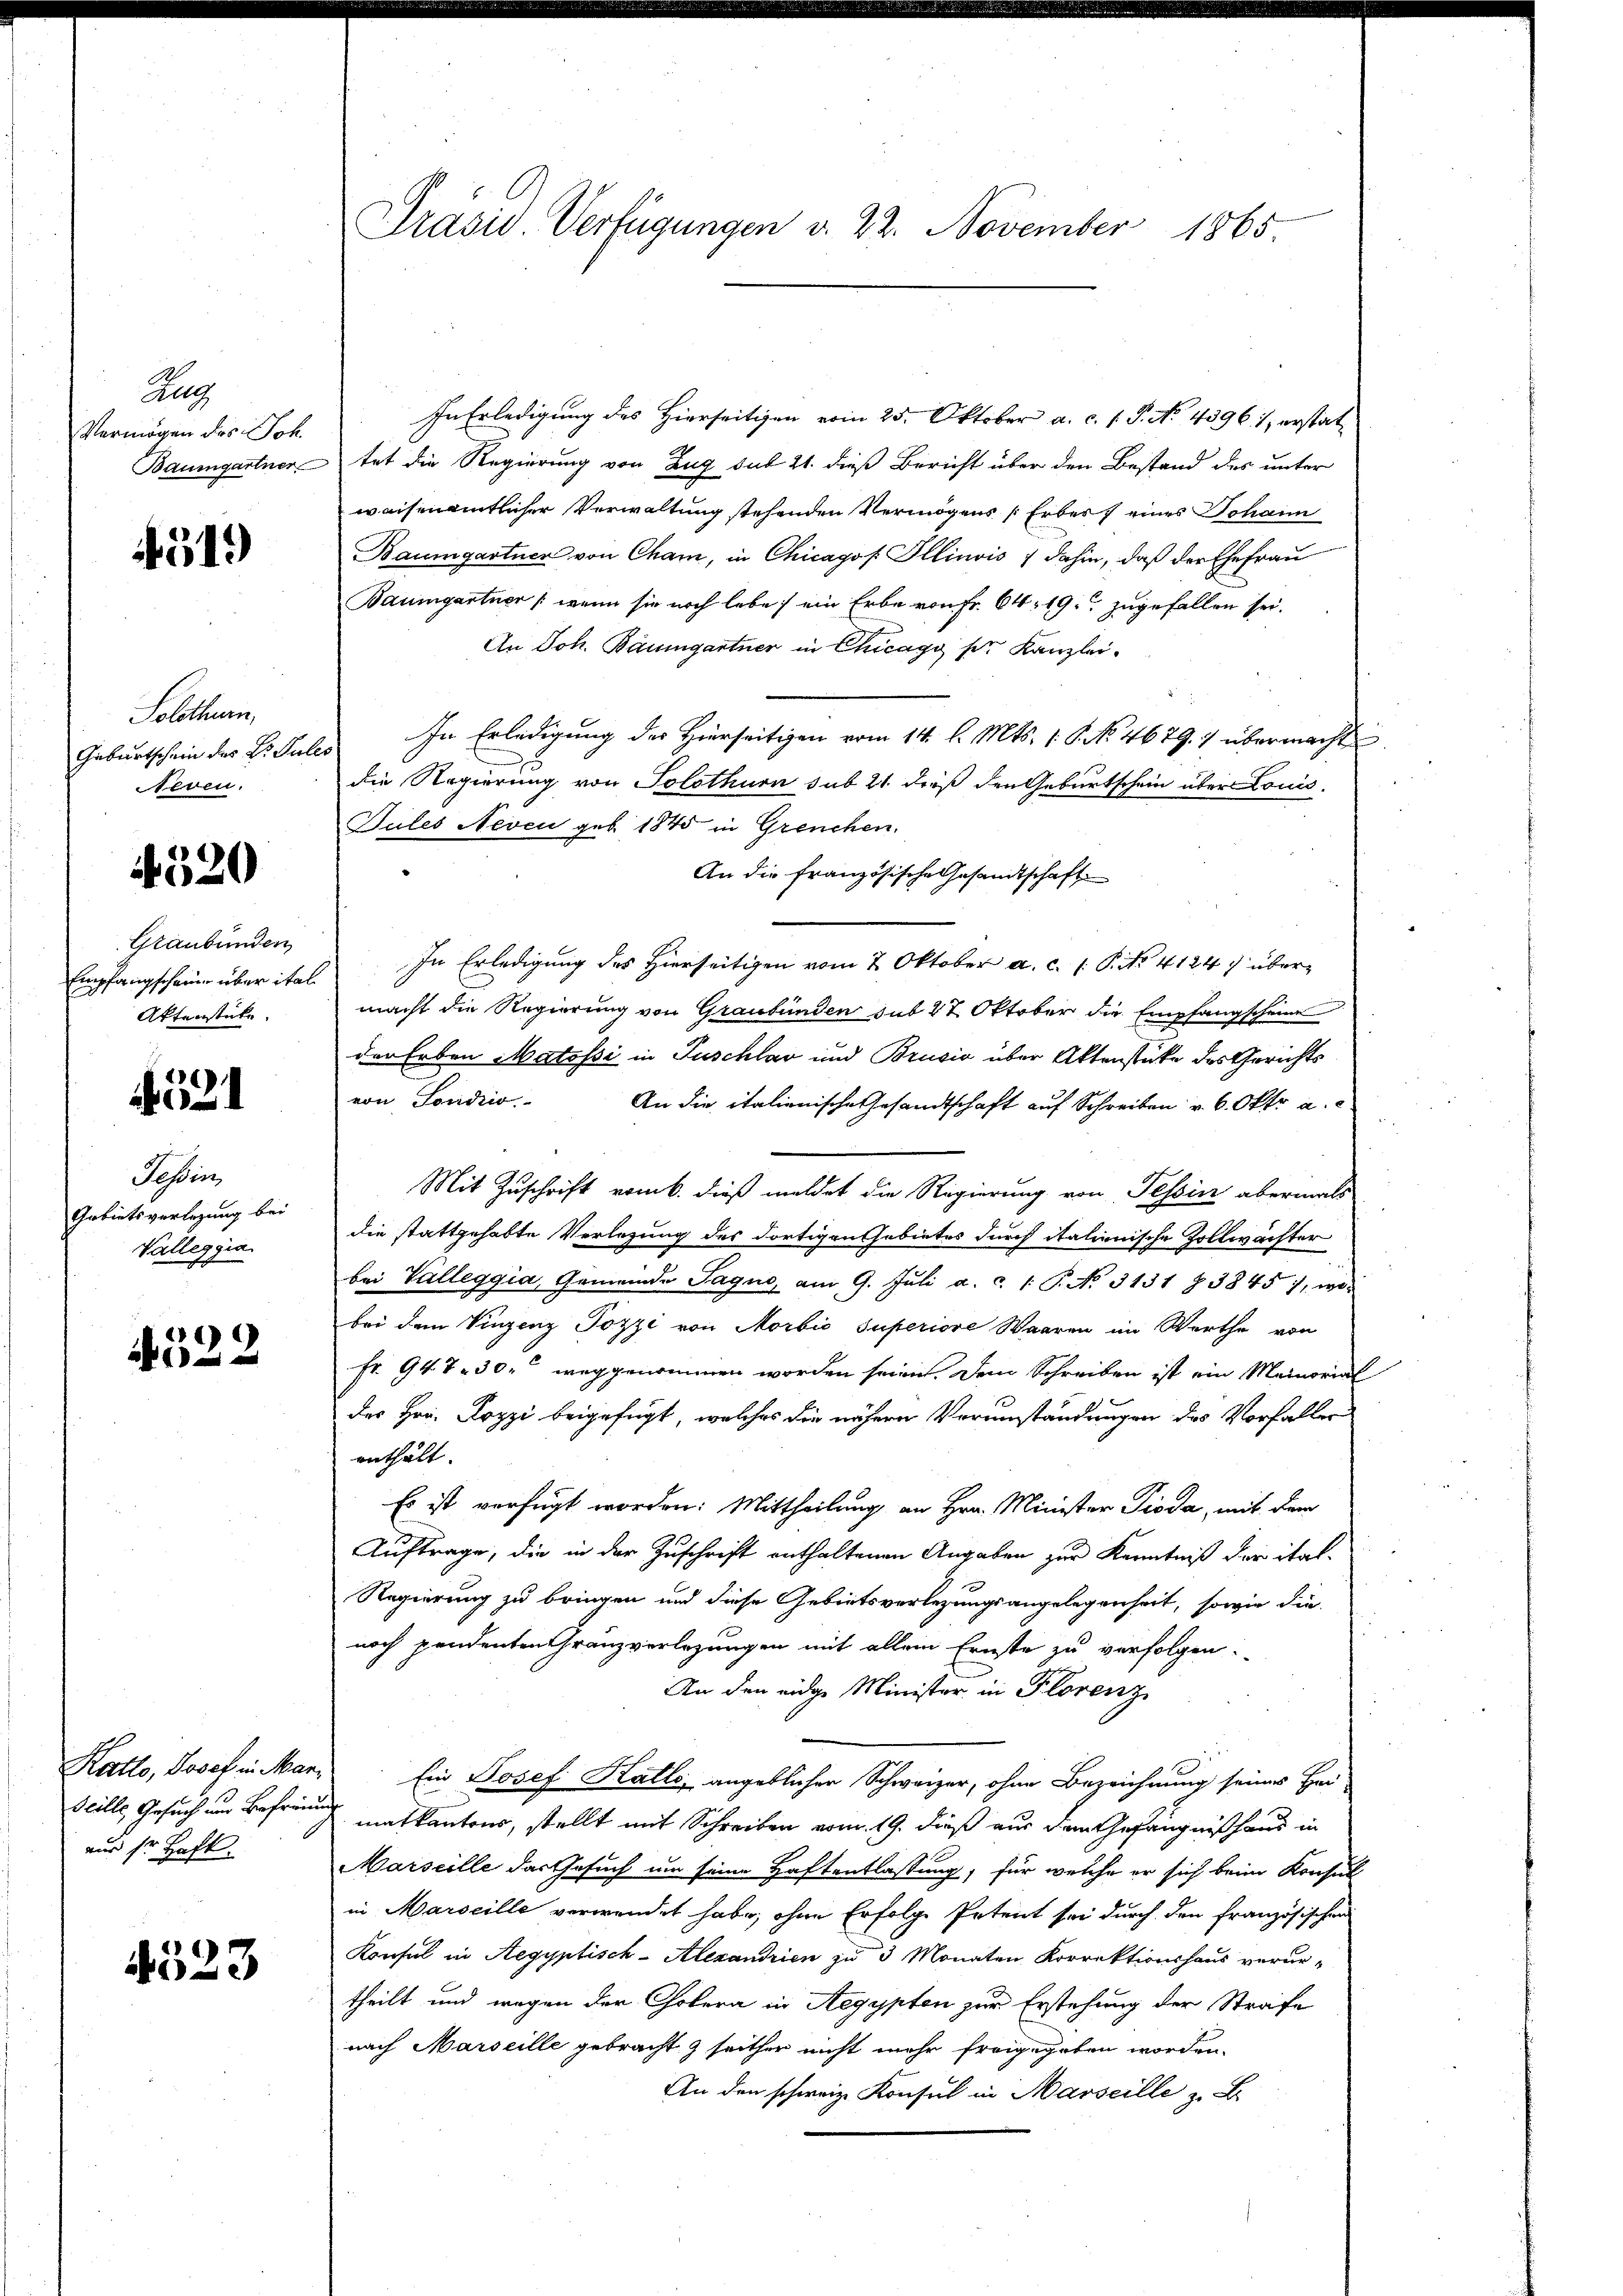
Allg
Vermögen des Joh.
Baumgartner

519

Solothurn,
Geburtschein des Dr. Sules
Neven.

4520

Graubünden
Empfangscheine über ital
Aktenstüke

521

Tessin,
Grbietsverlegung bei
Valleggia

21)
 40 x

Katto, Josef in Mar¬
Scille Gesuch und Befrei
aus sr Haft.

4523

Präsid. Verfügungen v. 22. November 1865.

In Erledigung des Hierseitigen vom 25. Oktober a. c. 1 P. No. 43961 erstattet die Regierung von Zug sub 21. dieß Bericht über den Bestand des unter
waisenamtlicher Verwaltung stehenden Vermögens (Erbes eines Johann
Baumgartner von Cham, in Chicago Illinois & dahin, daß der Ehefrau
Baumgartner /: wenn sie noch lebe, ein Erbe von Fr. 64. 19. zugefallen sei.
An Joh. Baumgartner in Chicago per Kanzlei-
In Erledigung des Hierseitigen vom 14. l. Mts. 1. No. 4679. übermacht
die Regierung von Solothurn sub 21. dieß den Geburtschein über Louis
Pules Neven geb. 1845 in Grenchen.
An die französische Gesandtschaft
In Erledigung des Hierseitigen vom 2. Oktober a. c. (: P. Nr. 4124) übermacht die Regierung von Graubünden sub 27 Oktober die Empfangscheine
der Erben Matossi in Puschlav und Brusio über Aktenstate des Gerichts
von Sondio
An die italienische Gesandtschaft auf Schreiben u. 6. Okto a.
a
Mit Zuschrift vom k. dieß meldet die Regierung von Tessin abermals
die stattgehabte Verlegung des dortigen Gebietes durch italienische Zollwächter
bei Valleggia, Gemeinde Paque, am 9. Jŭli a. c. 1 P. No. 3131 § 3845), wo
bei dem Vinzenz Pozzi von Morbić superiore Waaren im Werthe von
Fr. 947. 30. weggenommen worden seien. Den Schreiben ist ein Memorial
des Hrn. Lozzi beigefügt, welches die nähern Verumständungen des Vorfaller
enthält.
Es ist verfügt worden: Mittheilung an Hrn. Minister Pioda, mit dem
Auftrage, die in der Zuschrift enthaltenen Angaben zur Kenntniß der ital¬
Regierung zu bringen und diese Gebietsverlegungsangelegenheit, sowie die
noch pendenten Granzverlegungen mit allem Ernste zu verfolgen.
An den eidge Minister in Florenz
Ein Josef Kalls, angeblichen Schweizer, ohne Bezeichnung seines Hei
matkantons, stellt mit Schreiben vom 19. dieß aus dem Gefängniß haus in
Marseille das Gesuch um seine Haftentlassung, für welche er sich beim Konsul
in Marseille verwendet habe, ohne Erfolge Petent sei durch den französischen
Konsul in Aegyptisch-Alexandrien zu 3 Monaten Korrektionshaus verurtheilt und wegen der Cholera in Aegypten zur Erstehung der Strafe
nach Marseille gebracht & seither nicht mehr freigegeben worden.
An den schweiz. Konsul in Marseille z. B.